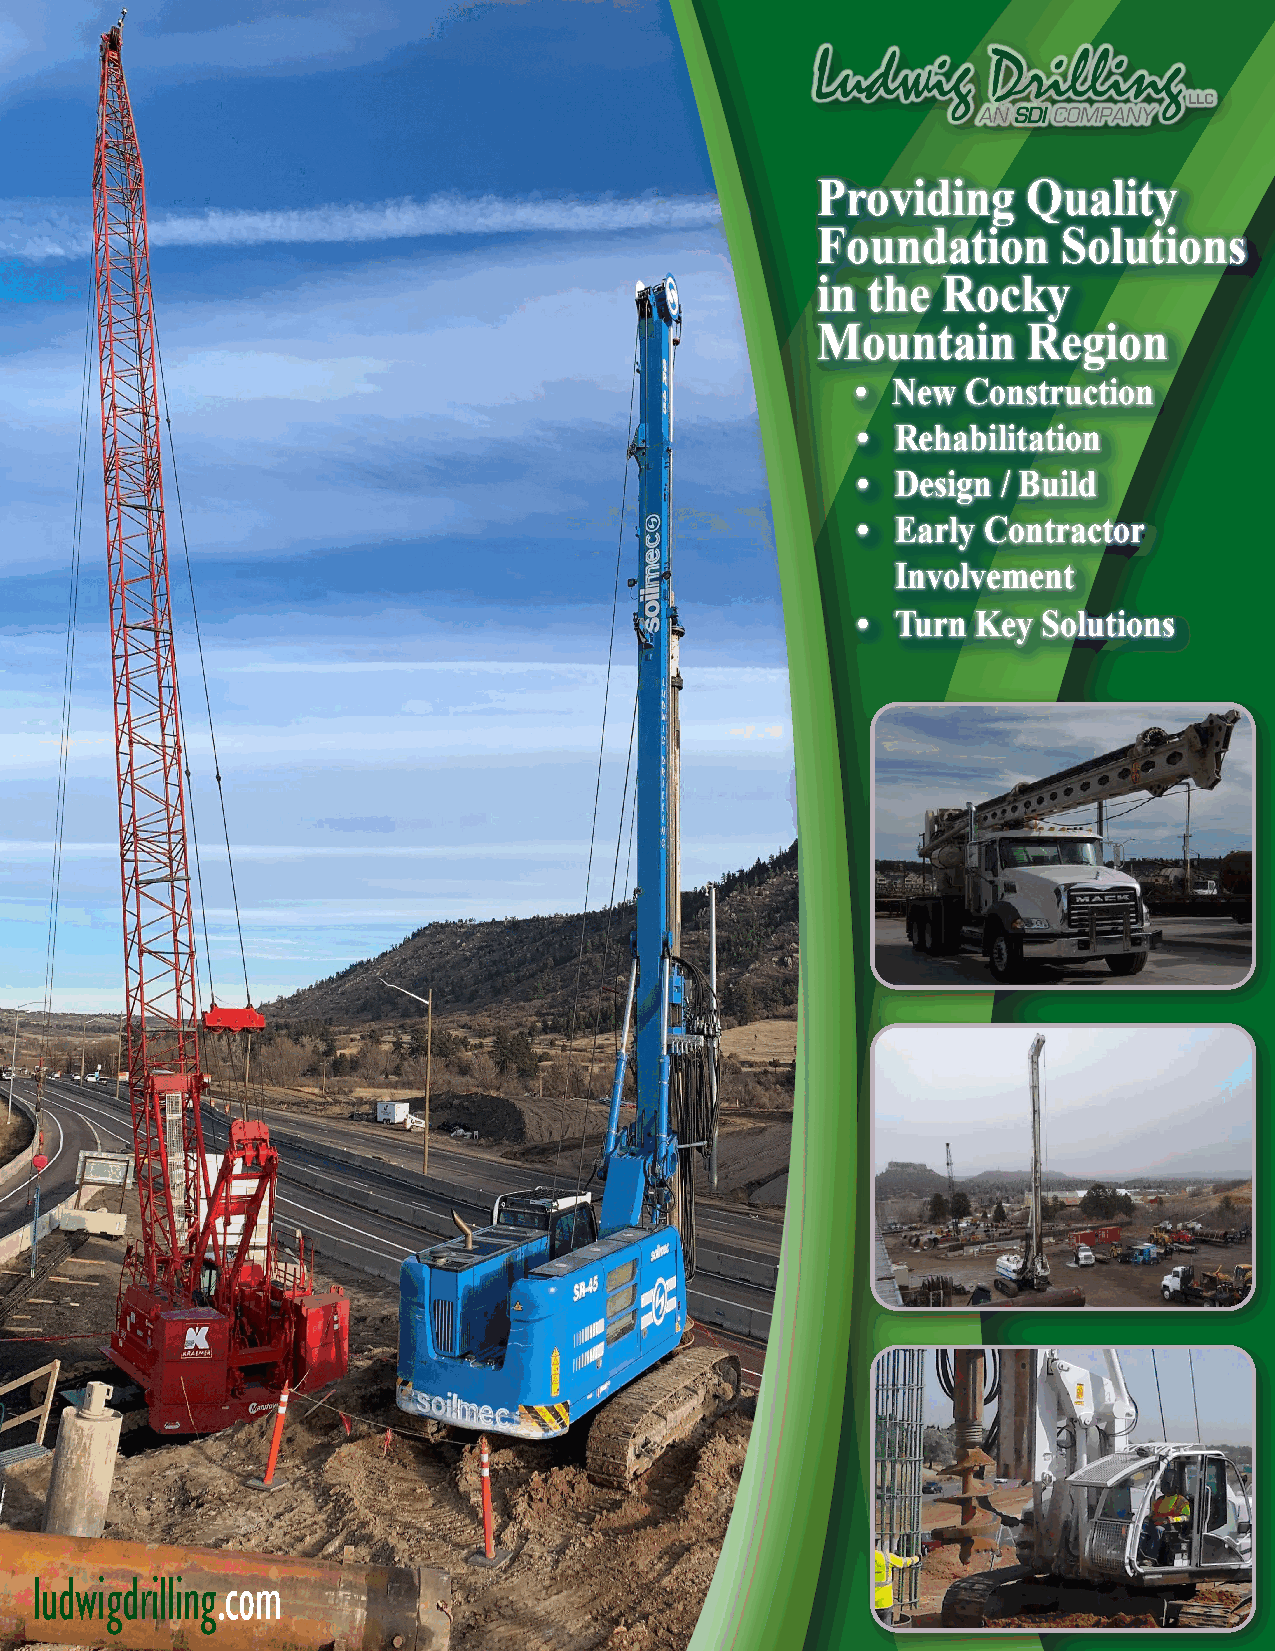
Providing     Quality
 Foundation      Solutions
 in the  Rocky
 Mountain      Region
 • New  Construction
 • Rehabilitation
 • Design / Build
 • Early Contractor
 Involvement
 • Turn  Key Solutions
 ludwigdrilling.com